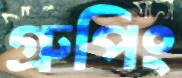
গ্রুপিং